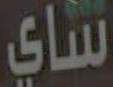
شاي